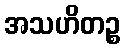
အသဟိတဉ္စ